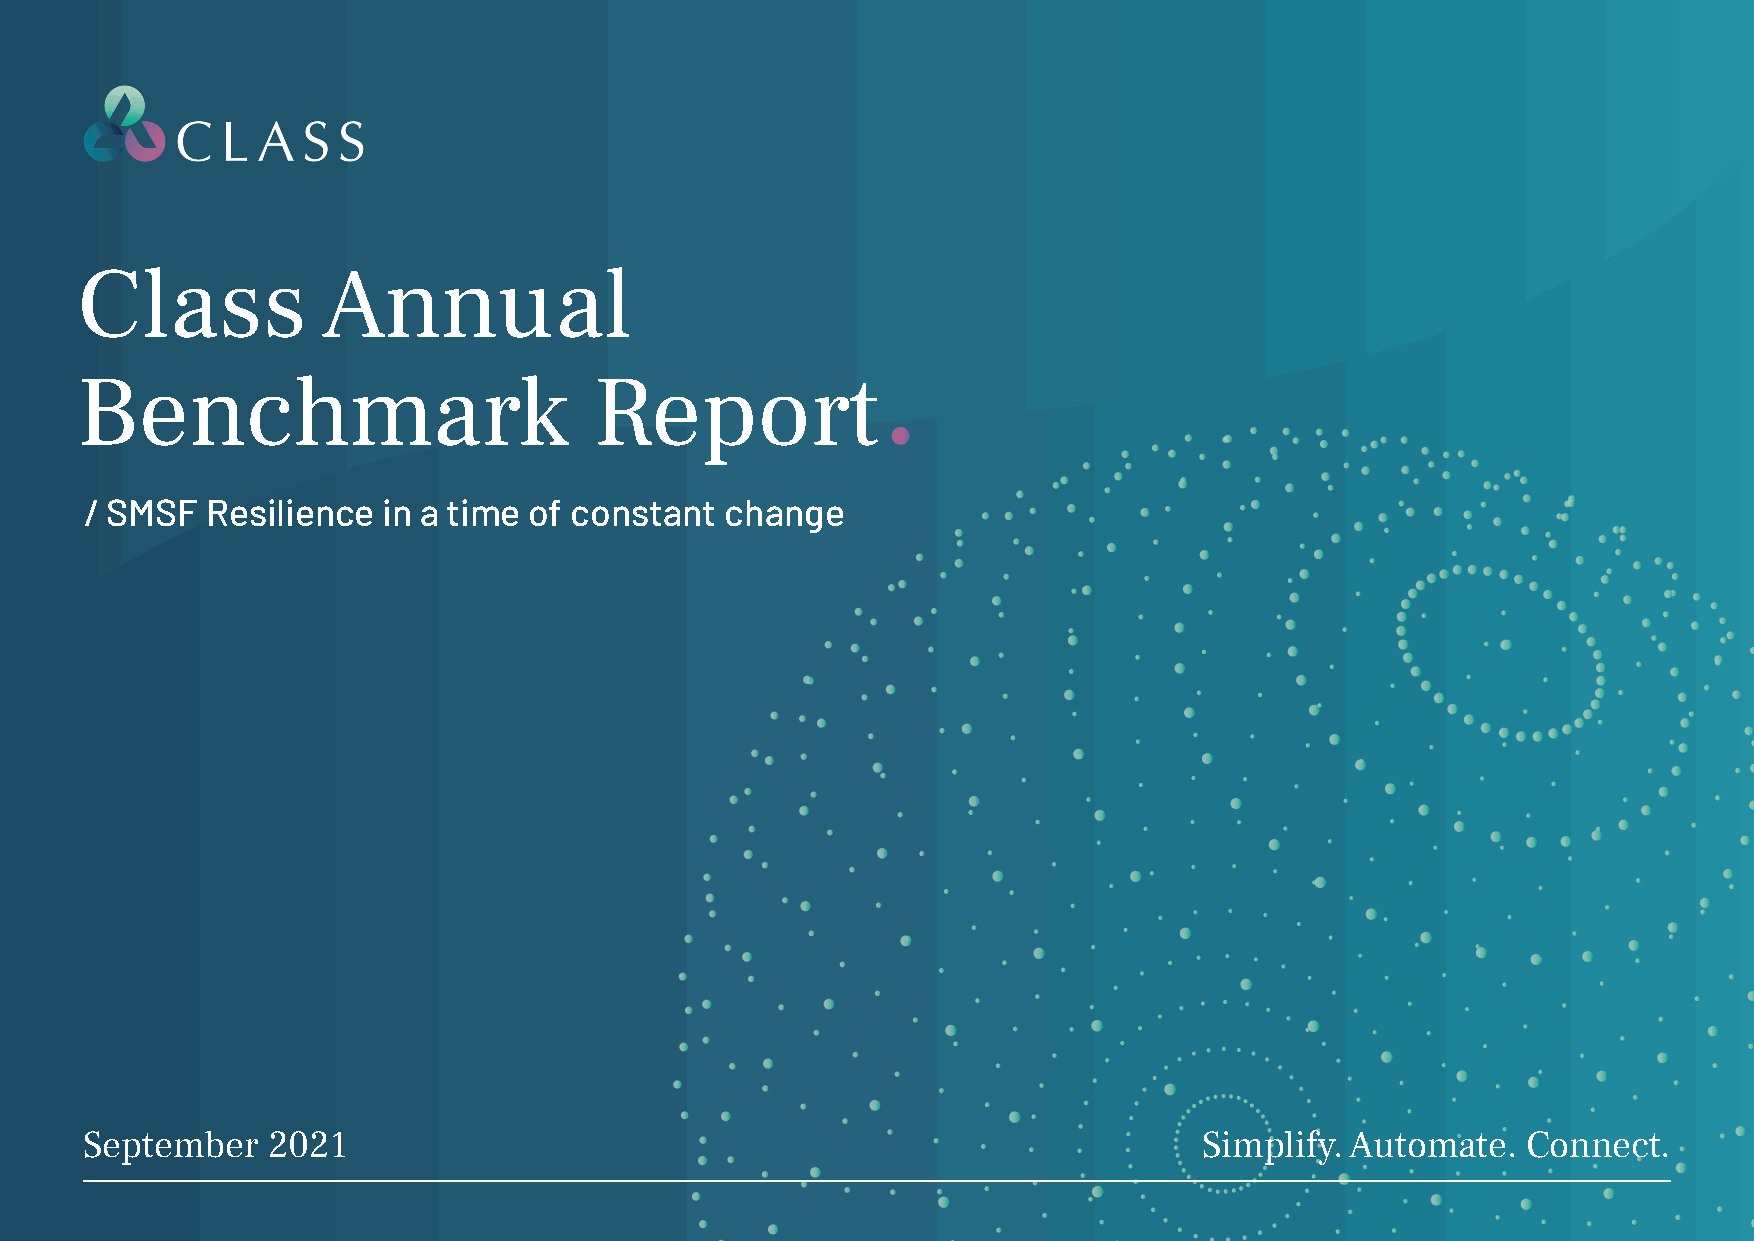
Class           Annual
 Benchmark                         Report
 / SMSF  Resilience in a time of constant  change
 September    2021                                                          Simplify. Automate.  Connect.